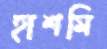
হাশমি